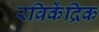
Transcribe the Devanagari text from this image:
रविकेंद्रिक